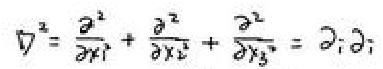
\[
\nabla^{2}=\frac{\partial^{2}}{\partial x_{1}^{2}}+\frac{\partial^{2}}{\partial x_{2}^{2}}+\frac{\partial^{2}}{\partial x_{3}^{2}}=\partial_{i}\partial_{i}
\]